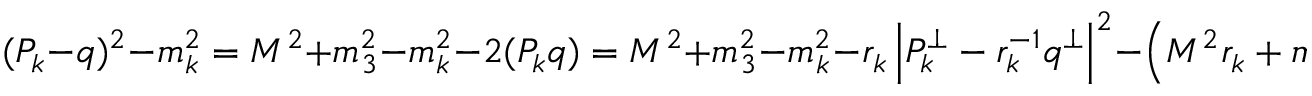
( P _ { k } - q ) ^ { 2 } - m _ { k } ^ { 2 } = M ^ { 2 } + m _ { 3 } ^ { 2 } - m _ { k } ^ { 2 } - 2 ( P _ { k } q ) = M ^ { 2 } + m _ { 3 } ^ { 2 } - m _ { k } ^ { 2 } - r _ { k } \left| P _ { k } ^ { \perp } - r _ { k } ^ { - 1 } q ^ { \perp } \right| ^ { 2 } - \left( M ^ { 2 } r _ { k } + m _ { 3 } ^ { 2 } r _ { k } ^ { - 1 } \right) \, .